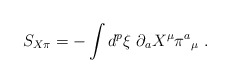
\begin{align*}S_{X\pi }=-\int d^{p}\xi \ \partial _{a}X^{\mu }\pi ^{a}{_{\mu }}\ .\end{align*}